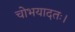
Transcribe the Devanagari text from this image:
चोभयादतः।